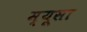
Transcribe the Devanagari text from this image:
म्यूसा